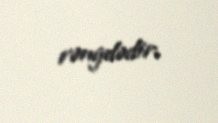
rəngdədir.